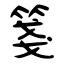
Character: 箋